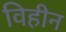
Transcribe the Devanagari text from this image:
विहीन